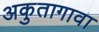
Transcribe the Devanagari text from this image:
अकुतागावा